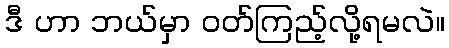
ဒီ ဟာ ဘယ်မှာ ဝတ်ကြည့်လို့ရမလဲ။